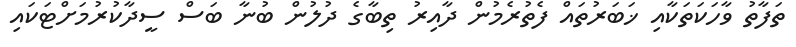
ތަފާތު ވާހަކަތަކާއި ޚަބަރުތައް ފެތުރެމުން ދާއިރު ތިބާގެ ދުލުން ބުނާ ބަސް ސީދާކުރުމަށްޓަކައި